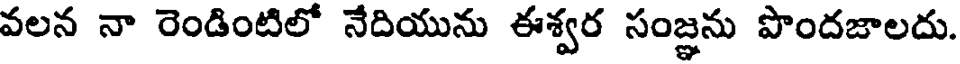
వలన నా రెండింటిలో నేదియును ఈశ్వర సంజ్ఞను పొందజాలదు.